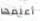
أعلمها